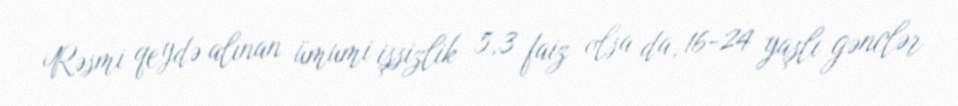
Rəsmi qeydə alınan ümumi işsizlik 5,3 faiz olsa da, 16-24 yaşlı gənclər